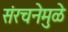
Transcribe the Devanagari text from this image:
संरचनेमुळे